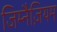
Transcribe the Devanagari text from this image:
जिम्नैज़ियम